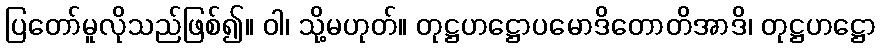
ပြတော်မူလိုသည်ဖြစ်၍။ ဝါ၊ သို့မဟုတ်။ တုဋ္ဌဟဋ္ဌောပမောဒိတောတိအာဒိ၊ တုဋ္ဌဟဋ္ဌော